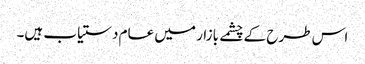
اس طرح کے چشمے بازار میں عام دستیاب ہیں۔